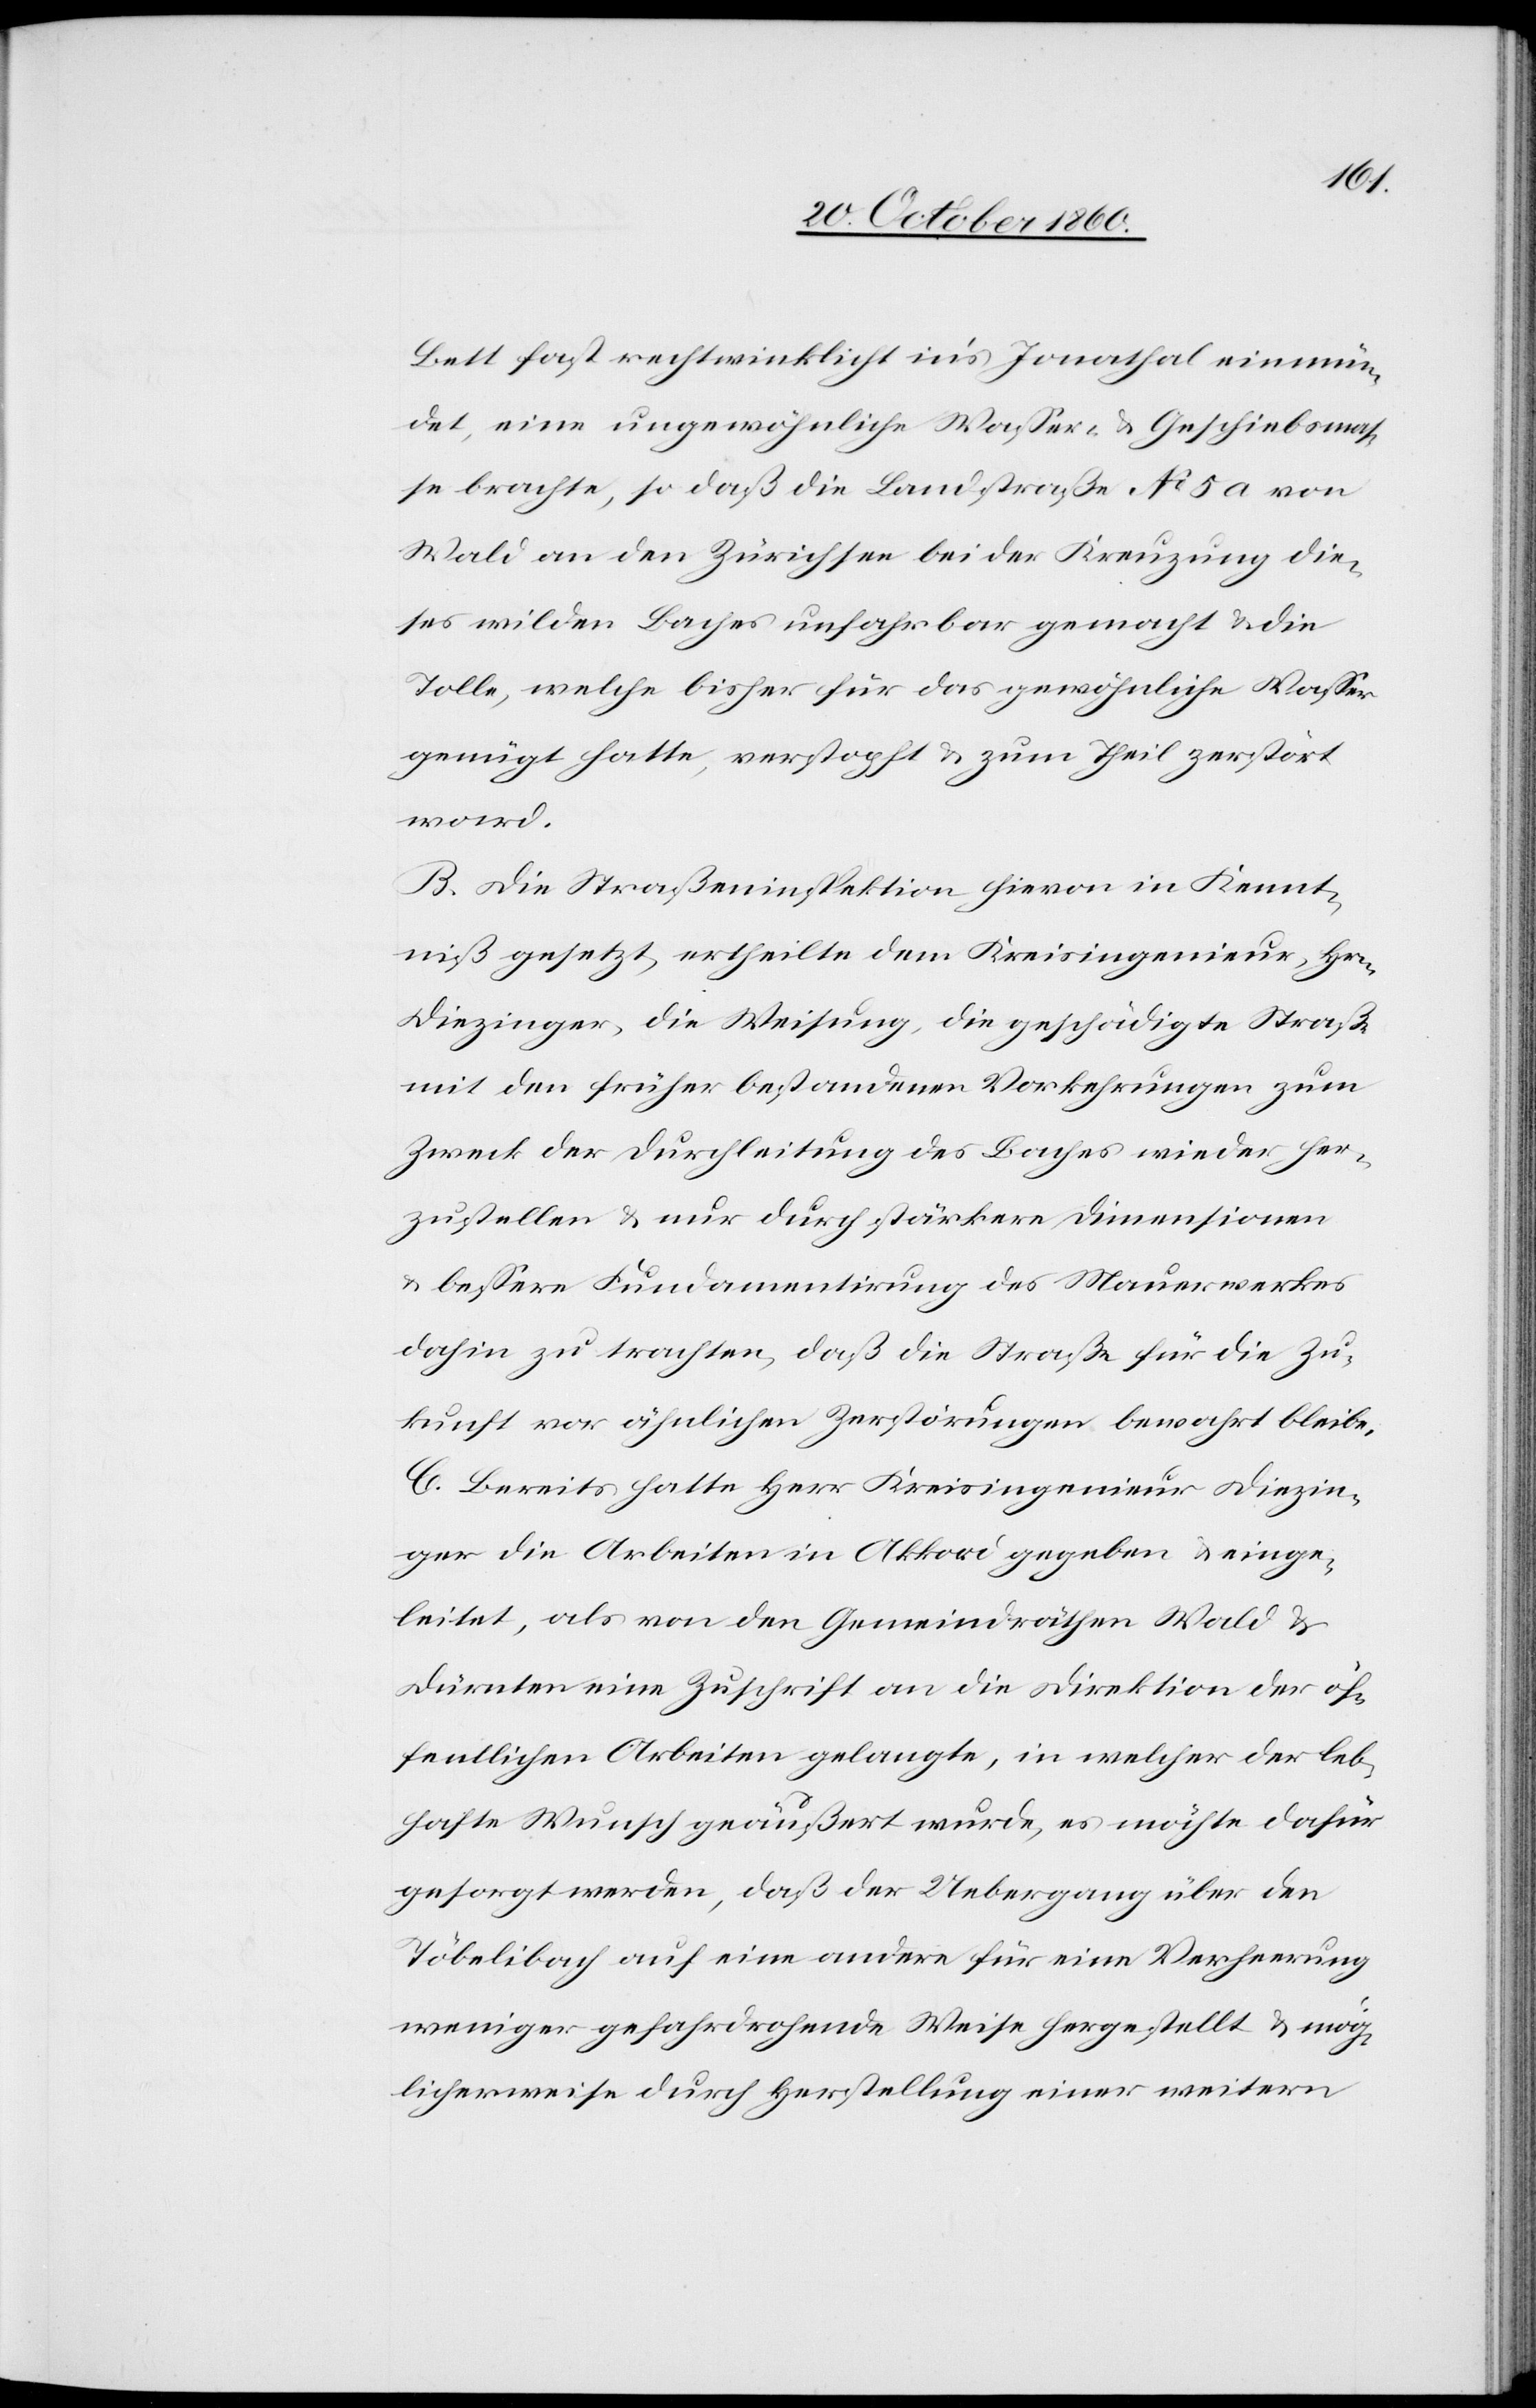
Bett fast rechtwinklicht in’s Jonathal einmün¬
det, eine ungewöhnliche Wasser- u. Geschiebsmas¬
se brachte, so daß die Landstraße No 5a von
Wald an den Zürichsee bei der Kreuzung die¬
ses wilden Baches unfahrbar gemacht u. die
Tolle, welche bisher für das gewöhnliche Wasser
genügt hatte, verstopft u. zum Theil zerstört
ward.
B. Die Straßeninspektion hievon in Kennt¬
niß gesetzt, ertheilte dem Kreisingenieur, Herr
Diezinger, die Weisung, die geschädigte Straße
mit den früher bestandenen Vorkehrungen zum
Zweck der Durchleitung des Baches wider her¬
zustellen u. nur durch stärkere Dimensionen
u. bessere Fundamentirung des Mauerwerkes
dahin zu trachten, daß die Straße für die Zu¬
kunft vor ähnlichen Zerstörungen bewahrt bleibe.
C. Bereits hatte Herr Kreisingenieur Diezin¬
ger die Arbeiten in Akkord gegeben u. einge¬
leitet, als von den Gemeindräthen Wald u.
Dürnten eine Zuschrift an die Direktion der öf¬
fentlichen Arbeiten gelangte, in welcher der leb¬
hafte Wunsch geäußert wurde, es möchte dafür
gesorgt werden, daß der Uebergang über den
Töbelibach auf eine andere für eine Verheerung
weniger gefahrdrohende Weise hergestellt u. mög¬
licherweise durch Herstellung einer weitern